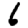
Digit: 6